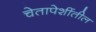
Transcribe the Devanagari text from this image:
चेतापेशींतील